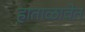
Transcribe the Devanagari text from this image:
हाताळावेत